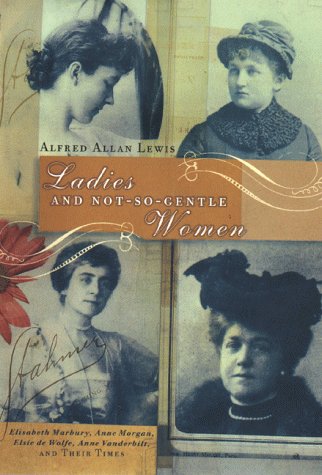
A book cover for Ladies and Not So Gentle Women; Alfred Allan Lewis; Literature & Fiction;